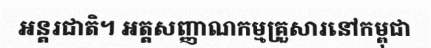
អន្តរជាតិ។ អត្តសញ្ញាណកម្មគ្រួសារនៅកម្ពុជា